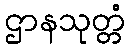
ဌာနသုတ္တံ